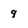
Character: 9